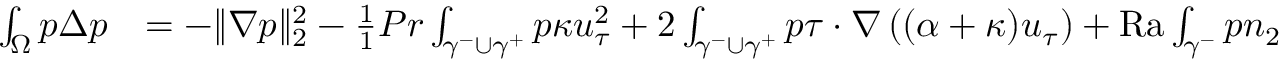
\begin{array} { r l } { \int _ { \Omega } p \Delta p } & { = - \| \nabla p \| _ { 2 } ^ { 2 } - \frac { 1 } { 1 } { { P r } } \int _ { \gamma ^ { - } \cup \gamma ^ { + } } p \kappa u _ { \tau } ^ { 2 } + 2 \int _ { \gamma ^ { - } \cup \gamma ^ { + } } p \tau \cdot \nabla \left( ( \alpha + \kappa ) u _ { \tau } \right) + { \mathrm { R a } } \int _ { \gamma ^ { - } } p n _ { 2 } } \end{array}